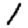
Digit: 1